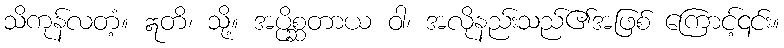
သိကုန်လတံ့။ ဣတိ၊ သို့။ အပ္ပိစ္ဆတာယ ဝါ၊ အလိုနည်းသည်၏အဖြစ် ကြောင့်၎င်း။